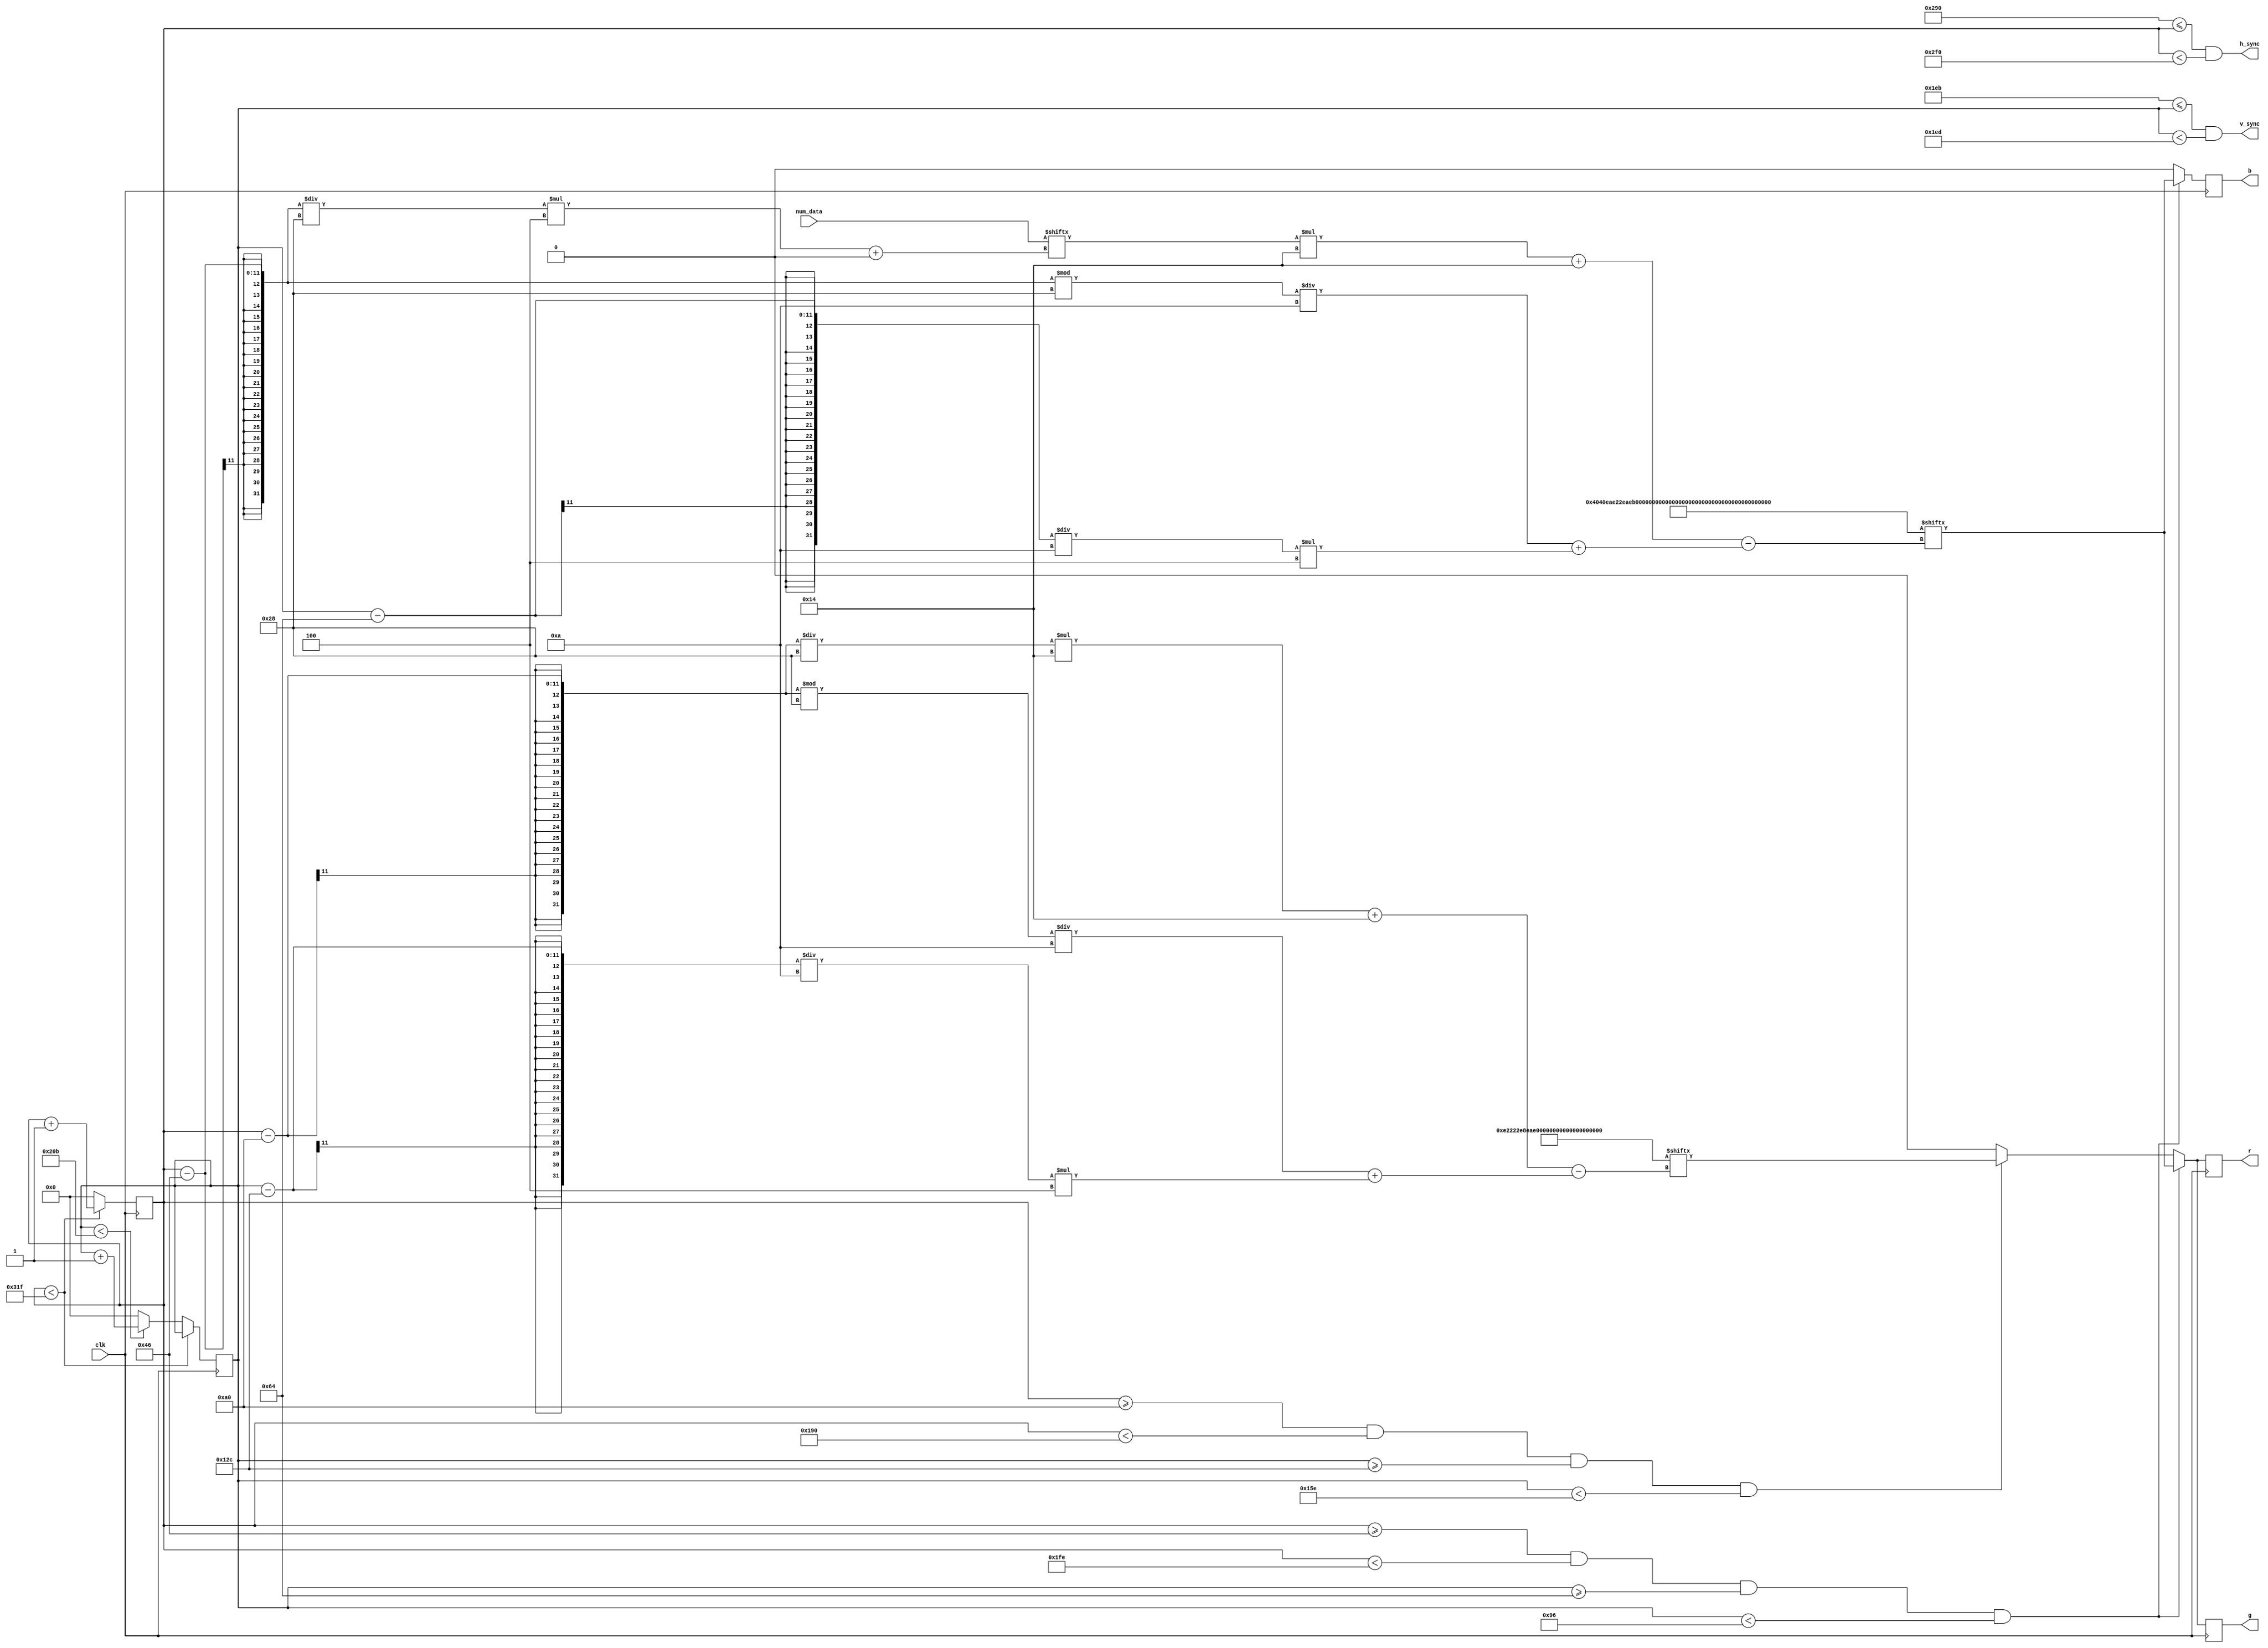
// Number size = 64 * 48

module display_updater(clk, num_data, r, g, b, h_sync, v_sync);
	input clk;
	
	reg [219:0]numbers;
	reg [119:0] msg;
	
	input [43:0]num_data;
	wire data_reg;
	integer i;
	
	initial begin
		numbers[0+:20]   = 20'b11101010101010101110;
		numbers[20+:20]  = 20'b00100010001000100010;
		numbers[40+:20]  = 20'b11100010111010001110;
		numbers[60+:20]  = 20'b11100010111000101110;
		numbers[80+:20]  = 20'b10101010111000100010;
		numbers[100+:20] = 20'b11101000111000101110;
		numbers[120+:20] = 20'b11101000111010101110;
		numbers[140+:20] = 20'b11100010001000100010;
		numbers[160+:20] = 20'b11101010111010101110;
		numbers[180+:20] = 20'b11101010111000100010;
		numbers[200+:20] = 20'b00000100000001000000;
		
		msg[0+:20]   = 20'b11100100010001000100;
		msg[20+:20]  = 20'b11101010111010001000;
		msg[40+:20]  = 20'b11101000111010001000;
		msg[60+:20]  = 20'b00000000000000000000;
		msg[80+:20]  = 20'b11101000111010101110;
		msg[100+:20] = 20'b11100010001000100010;
	end
	
	
	
	output reg r,g,b;
	output h_sync,v_sync;

	reg [10:0]row = 0;
	reg [10:0]col = 0;

	assign h_sync = (640 + 16 <= col && col < 640 + 16 + 96);
	assign v_sync = (480 + 11 <= row && row < 480 + 11 + 2);
		
		
	always @ (posedge clk) begin
		if (col < 799) begin
			col <= col + 1;
		end else begin
			col <= 0;
			if (row < 523) begin
				row <= row + 1;
			end else begin 
				row <= 0;
			end
		end
	end
	
	always @(posedge clk) begin
		if (col >= 70 & col < 510 & row >= 100 & row < 150) begin

			r <= numbers[ num_data[ (((col-70)/40)*4) +:4]*20 + 20 - (( ( (col - 70) % 40)/10) + ( (row - 100)/10) * 4) ];
			g <= numbers[ num_data[ (((col-70)/40)*4) +:4]*20 + 20 - (( ( (col - 70) % 40)/10) + ( (row - 100)/10) * 4) ];//1'b1; //numbers[ (( ( (col - 70) % 40)/10) + ( (row - 100)/10) * 4) ];
			b <= numbers[ num_data[ (((col-70)/40)*4) +:4]*20 + 20 - (( ( (col - 70) % 40)/10) + ( (row - 100)/10) * 4) ];
		end else if (col >= 160 & col < 400 & row >= 300 & row < 350) begin
			r <= msg[ ((col-160)/40)*20 + 20 - (( ( (col - 160) % 40)/10) + ( (row - 300)/10) * 4) ];
			g <= msg[ ((col-160)/40)*20 + 20 - (( ( (col - 160) % 40)/10) + ( (row - 300)/10) * 4) ];
			b <= 0;
		
		end else begin
			r <= 1'b0;
			g <= 1'b0;
			b <= 1'b0;
		end
	end

endmodule